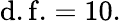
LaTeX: {\mathrm{d.f.}}=10.